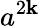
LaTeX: a^{2\mathbf{k}}